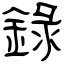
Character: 錄